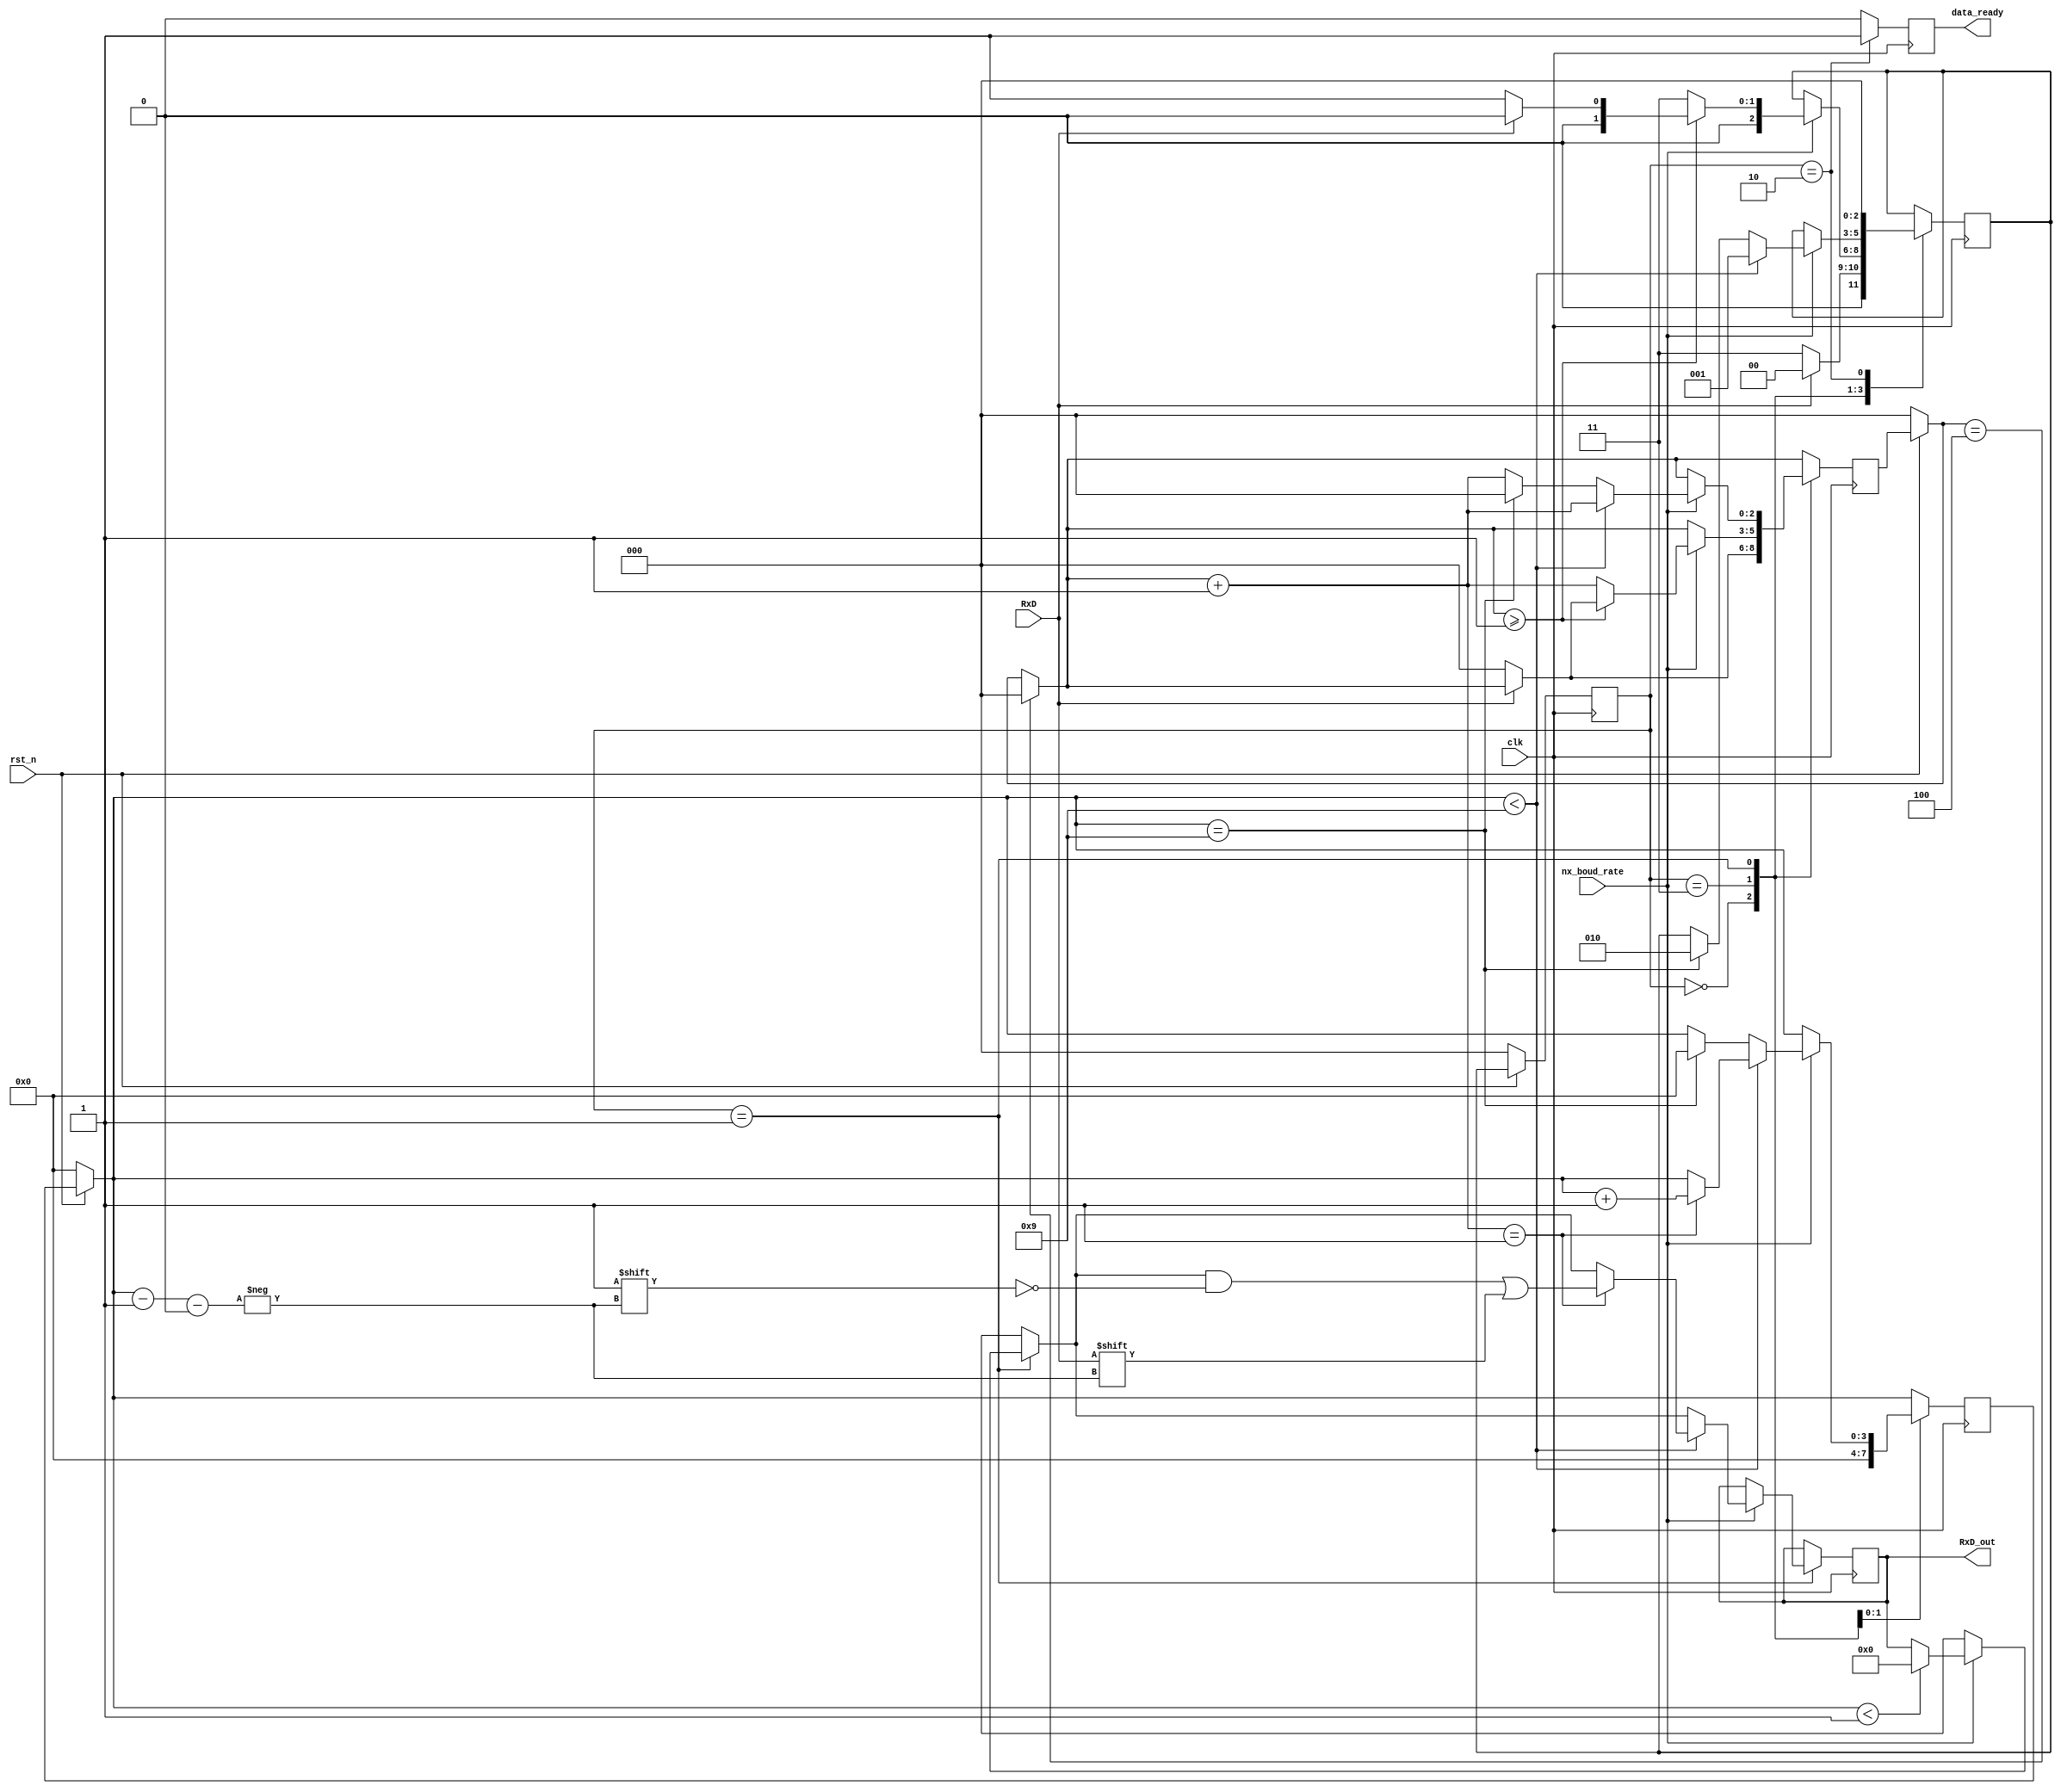
`timescale 1ns / 1ps
module Rx (
	input clk,    // Clock
	input rst_n,  // Asynchronous reset active low
	input nx_boud_rate, // Clock Enable
	input RxD,
	output reg data_ready,
	output reg [7:0] RxD_out	
);


parameter START = 2'd0;
parameter CHECK_START = 2'd3;
parameter PROC = 2'd1;
parameter DATA_READY = 2'd2;

reg [2:0]boud_cnt_captcher;
reg [3:0]data_cnt;
// reg count_en;
reg [2:0]ps, ns;
// reg rst_n_boud_cnt;

// always @(negedge rst_n or posedge nx_boud_rate) begin : proc_boud_cnt_chapter
// 	if(~rst_n) begin
// 		boud_cnt_captcher <= 0;
// 	end else begin
// 		if(nx_boud_rate) begin
// 			if (count_en)
// 				boud_cnt_captcher <= boud_cnt_captcher + 1;
// 		end
// 		if(rst_n_boud_cnt)
// 			boud_cnt_captcher <= 2'b0;

// 	end
// end


// always @(negedge rst_n or posedge boud_cnt_captcher) begin : proc_data_cnt
// 	if(~rst_n) begin
// 		data_cnt <= 0;
// 	end else begin
// 		if(boud_cnt_captcher == 3)
// 			data_cnt <= data_cnt + 1;
// 		if(data_cnt == 4'd8)
// 			data_cnt <= 0;		
// 	end
// end

always @(posedge clk) begin : proc_ps
	if(~rst_n) begin
		ps <= START;
	end else begin
		ps <= ns;
	end
end

always @(posedge clk) begin : proc_comb
	data_ready = 0;
	// count_en = 0;
	// rst_n_boud_cnt = 0;
	if(~rst_n) begin
		boud_cnt_captcher = 0;
		data_cnt = 0;
	end
	// if(boud_cnt_captcher == 3)
	// 	data_cnt = data_cnt + 1;
	// if(data_cnt == 4'd9)
	// 	data_cnt = 0;	
	if(boud_cnt_captcher == 3'd4)
		boud_cnt_captcher = 0;	
	case (ps)
		START:
		begin
			if(~RxD)
			begin
				ns = CHECK_START;
				boud_cnt_captcher = 0;
			end
			else
			begin
				ns = START;
			end
		end
		CHECK_START:
		begin
			
			data_cnt = 0;	
			if (nx_boud_rate) begin
				if(boud_cnt_captcher >= 3'd1) begin
					if(~RxD) begin
						ns = PROC;
						boud_cnt_captcher = 0;
						data_cnt = 0;		
					end
					else
					begin
						ns = START;
					end
				end
				else begin
					ns = CHECK_START;
					boud_cnt_captcher = boud_cnt_captcher + 1;
				end
			end
		end
		PROC:
		begin
			if (nx_boud_rate) begin
				if(data_cnt<4'd1)
					RxD_out = 8'b0;	
				boud_cnt_captcher = boud_cnt_captcher + 1;
				if(data_cnt < 4'd9) 
				begin
					if(boud_cnt_captcher == 3'b01)
					begin 
						RxD_out[data_cnt-4'd1] = RxD;
						data_cnt = data_cnt + 1;
					end
					ns <= PROC;
				end
				else
				begin
					if(data_cnt == 4'd9) begin
						data_cnt <= 0;	
						boud_cnt_captcher = 0;
						ns = DATA_READY;
					end
				end
			end
		end
		DATA_READY:
		begin
			data_ready = 1;
			ns = START;
		end
	endcase
end




endmodule